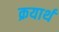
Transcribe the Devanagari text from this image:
क्रयार्थ